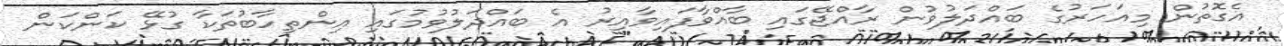
އެގޮތުން މިއަހަރުގެ ބައްދަލުވުން ރާއްޖޭގައި ބާއްވާފައިވާއިރު އެ ބައްދަލުވުމުގައި އިންތިހާބުތަކާ ގުޅޭ ކަންކަން